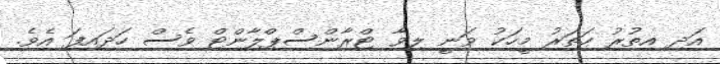
އަދި އިތުރު ހަތަރު މީހަކު ވަނީ ލިވާ ޓްރާންސްޕްލާންޓް ވެސް ހަދައިފަ އެވެ.